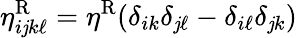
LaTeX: \eta_{i\mathit{j}k\ell}^{\mathrm{{R}}}=\eta^{\mathrm{{R}}}(\delta_{ik}\delta_{\mathit{j}\ell}-\delta_{i\ell}\delta_{\mathit{j}k})